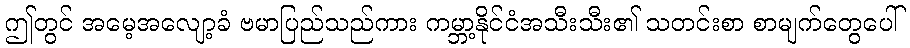
ဤတွင် အမေ့အလျော့ခံ ဗမာပြည်သည်ကား ကမ္ဘာ့နိုင်ငံအသီးသီး၏ သတင်းစာ စာမျက်တွေပေါ်